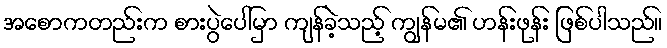
အစောကတည်းက စားပွဲပေါ်မှာ ကျန်ခဲ့သည့် ကျွန်မ၏ ဟန်းဖုန်း ဖြစ်ပါသည်။